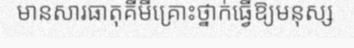
មានសារធាតុគីមីគ្រោះថ្នាក់ធ្វើឱ្យមនុស្ស